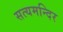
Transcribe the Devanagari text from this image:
सत्यमन्दिर